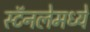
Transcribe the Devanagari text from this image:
स्टॅनलेमध्ये